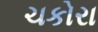
ચકોરા